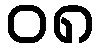
၀၈